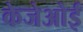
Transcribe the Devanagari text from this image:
केजेओई